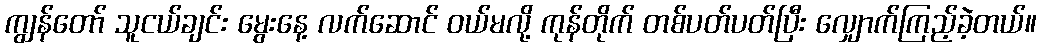
ကျွန်တော် သူငယ်ချင်း မွေးနေ့ လက်ဆောင် ဝယ်မလို့ ကုန်တိုက် တစ်ပတ်ပတ်ပြီး လျှောက်ကြည့်ခဲ့တယ်။